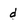
Character: d